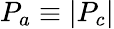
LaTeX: P_{a}\equiv{\left|{P_{c}}\right|}